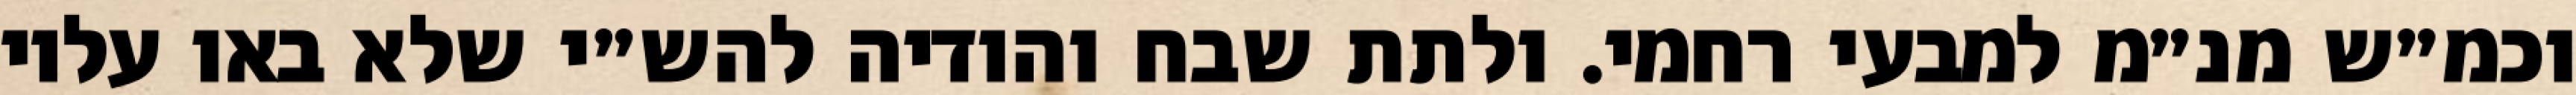
וכמ״ש מנ״מ למבעי רחמי. ולתת שבח והודיה להש״י שלא באו עליו